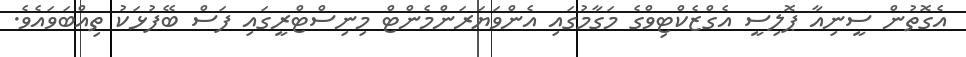
އެގޮތުން ސީނިއާ ޕޮލިސީ އެގްޒެކްޓިވްގެ މަގާމުގައި އެންވަޔަރަންމެންޓް މިނިސްޓްރީގައި ފަސް ބޭފުޅަކު ތިއްބަވައެވެ.